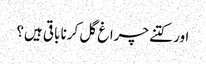
اور کتنے چراغ گل کرنا باقی ہیں؟